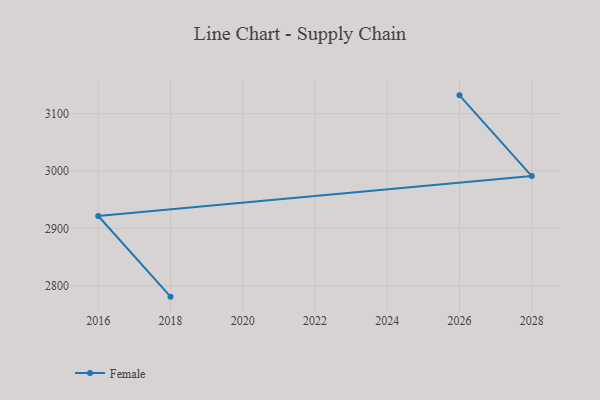
{"axis": {"x": "Year", "y": "Active Users"}, "legend": ["Female"], "data": [{"x": "2018", "y": 2780.9, "type": "Female"}, {"x": "2016", "y": 2921.6, "type": "Female"}, {"x": "2028", "y": 2991.3, "type": "Female"}, {"x": "2026", "y": 3132.1, "type": "Female"}]}